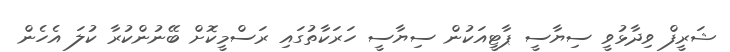
ޝަރީފް ވިދާޅުވީ ސިޔާސީ ޕާޓީއަކުން ސިޔާސީ ހަރަކާތުގައި ރަސްމީކޮށް ބޭނުންކުރާ ކުލަ އެހެން